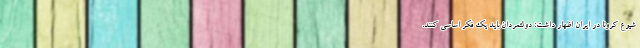
شیوع کرونا در ایران اظهار داشت: دولتمردان باید یک فکر اساسی کنند.